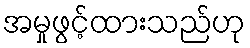
အမှုဖွင့်ထားသည်ဟု